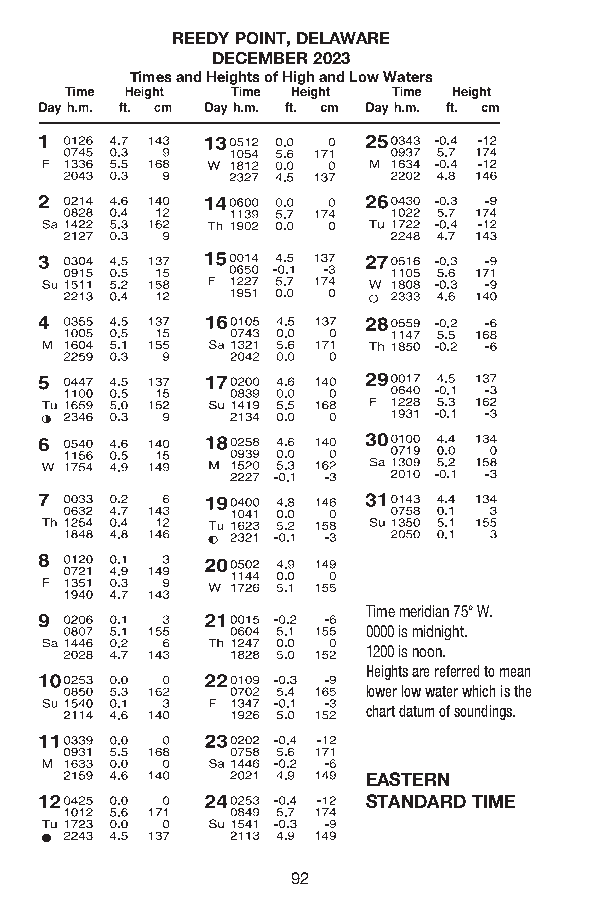
REEDY POINT, DELAWARE
 DECEMBER 2023
 Times and Heights of High and Low Waters
 Time meridian 75° W.
 0000 is midnight.
 1200 is noon.
 Heights are referred to mean
 lower low water which is the
 chart datum of soundings.
 EASTERN
 STANDARD TIME
 92